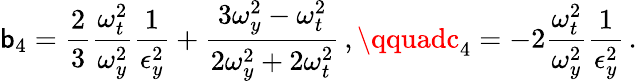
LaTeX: \mathsf{b}_{4}=\frac{{2}}{{3}}\frac{{\omega_{t}^{2}}}{{\omega_{y}^{2}}}\frac{{1}}{{\epsilon_{y}^{2}}}+\frac{{3\omega_{y}^{2}-\omega_{t}^{2}}}{{2\omega_{y}^{2}+2\omega_{t}^{2}}}\, ,\qquadc_{4}=-2\frac{{\omega_{t}^{2}}}{{\omega_{y}^{2}}}\frac{{1}}{{\epsilon_{y}^{2}}}\, .